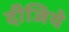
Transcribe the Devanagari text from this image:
दीजिये